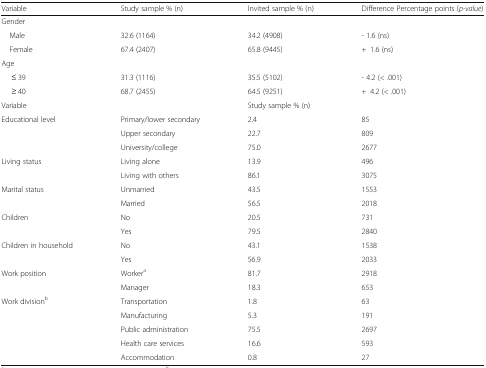
<table><thead><tr><td><b>Variable</b></td><td><b>Study sample % (n)</b></td><td><b>Invited sample % (n)</b></td><td><b>Difference Percentage points (<i>p-value</i>)</b></td></tr></thead><tbody><tr><td colspan="4">Gender</td></tr><tr><td> Male</td><td>32.6 (1164)</td><td>34.2 (4908)</td><td>- 1.6 (ns)</td></tr><tr><td> Female</td><td>67.4 (2407)</td><td>65.8 (9445)</td><td>+1.6 (ns)</td></tr><tr><td colspan="4">Age</td></tr><tr><td>≤ 39</td><td>31.3 (1116)</td><td>35.5 (5102)</td><td>- 4.2 (&lt; .001)</td></tr><tr><td>≥ 40</td><td>68.7 (2455)</td><td>64.5 (9251)</td><td>+4.2 (&lt; .001)</td></tr><tr><td colspan="2">Variable</td><td colspan="2">Study sample % (n)</td></tr><tr><td rowspan="3">Educational level</td><td>Primary/lower secondary</td><td>2.4</td><td>85</td></tr><tr><td>Upper secondary</td><td>22.7</td><td>809</td></tr><tr><td>University/college</td><td>75.0</td><td>2677</td></tr><tr><td rowspan="2">Living status</td><td>Living alone</td><td>13.9</td><td>496</td></tr><tr><td>Living with others</td><td>86.1</td><td>3075</td></tr><tr><td rowspan="2">Marital status</td><td>Unmarried</td><td>43.5</td><td>1553</td></tr><tr><td>Married</td><td>56.5</td><td>2018</td></tr><tr><td rowspan="2">Children</td><td>No</td><td>20.5</td><td>731</td></tr><tr><td>Yes</td><td>79.5</td><td>2840</td></tr><tr><td rowspan="2">Children in household</td><td>No</td><td>43.1</td><td>1538</td></tr><tr><td>Yes</td><td>56.9</td><td>2033</td></tr><tr><td rowspan="2">Work position</td><td>Worker<sup>a</sup></td><td>81.7</td><td>2918</td></tr><tr><td>Manager</td><td>18.3</td><td>653</td></tr><tr><td rowspan="5">Work division<sup>b</sup></td><td>Transportation</td><td>1.8</td><td>63</td></tr><tr><td>Manufacturing</td><td>5.3</td><td>191</td></tr><tr><td>Public administration</td><td>75.5</td><td>2697</td></tr><tr><td>Health care services</td><td>16.6</td><td>593</td></tr><tr><td>Accommodation</td><td>0.8</td><td>27</td></tr></tbody></table>